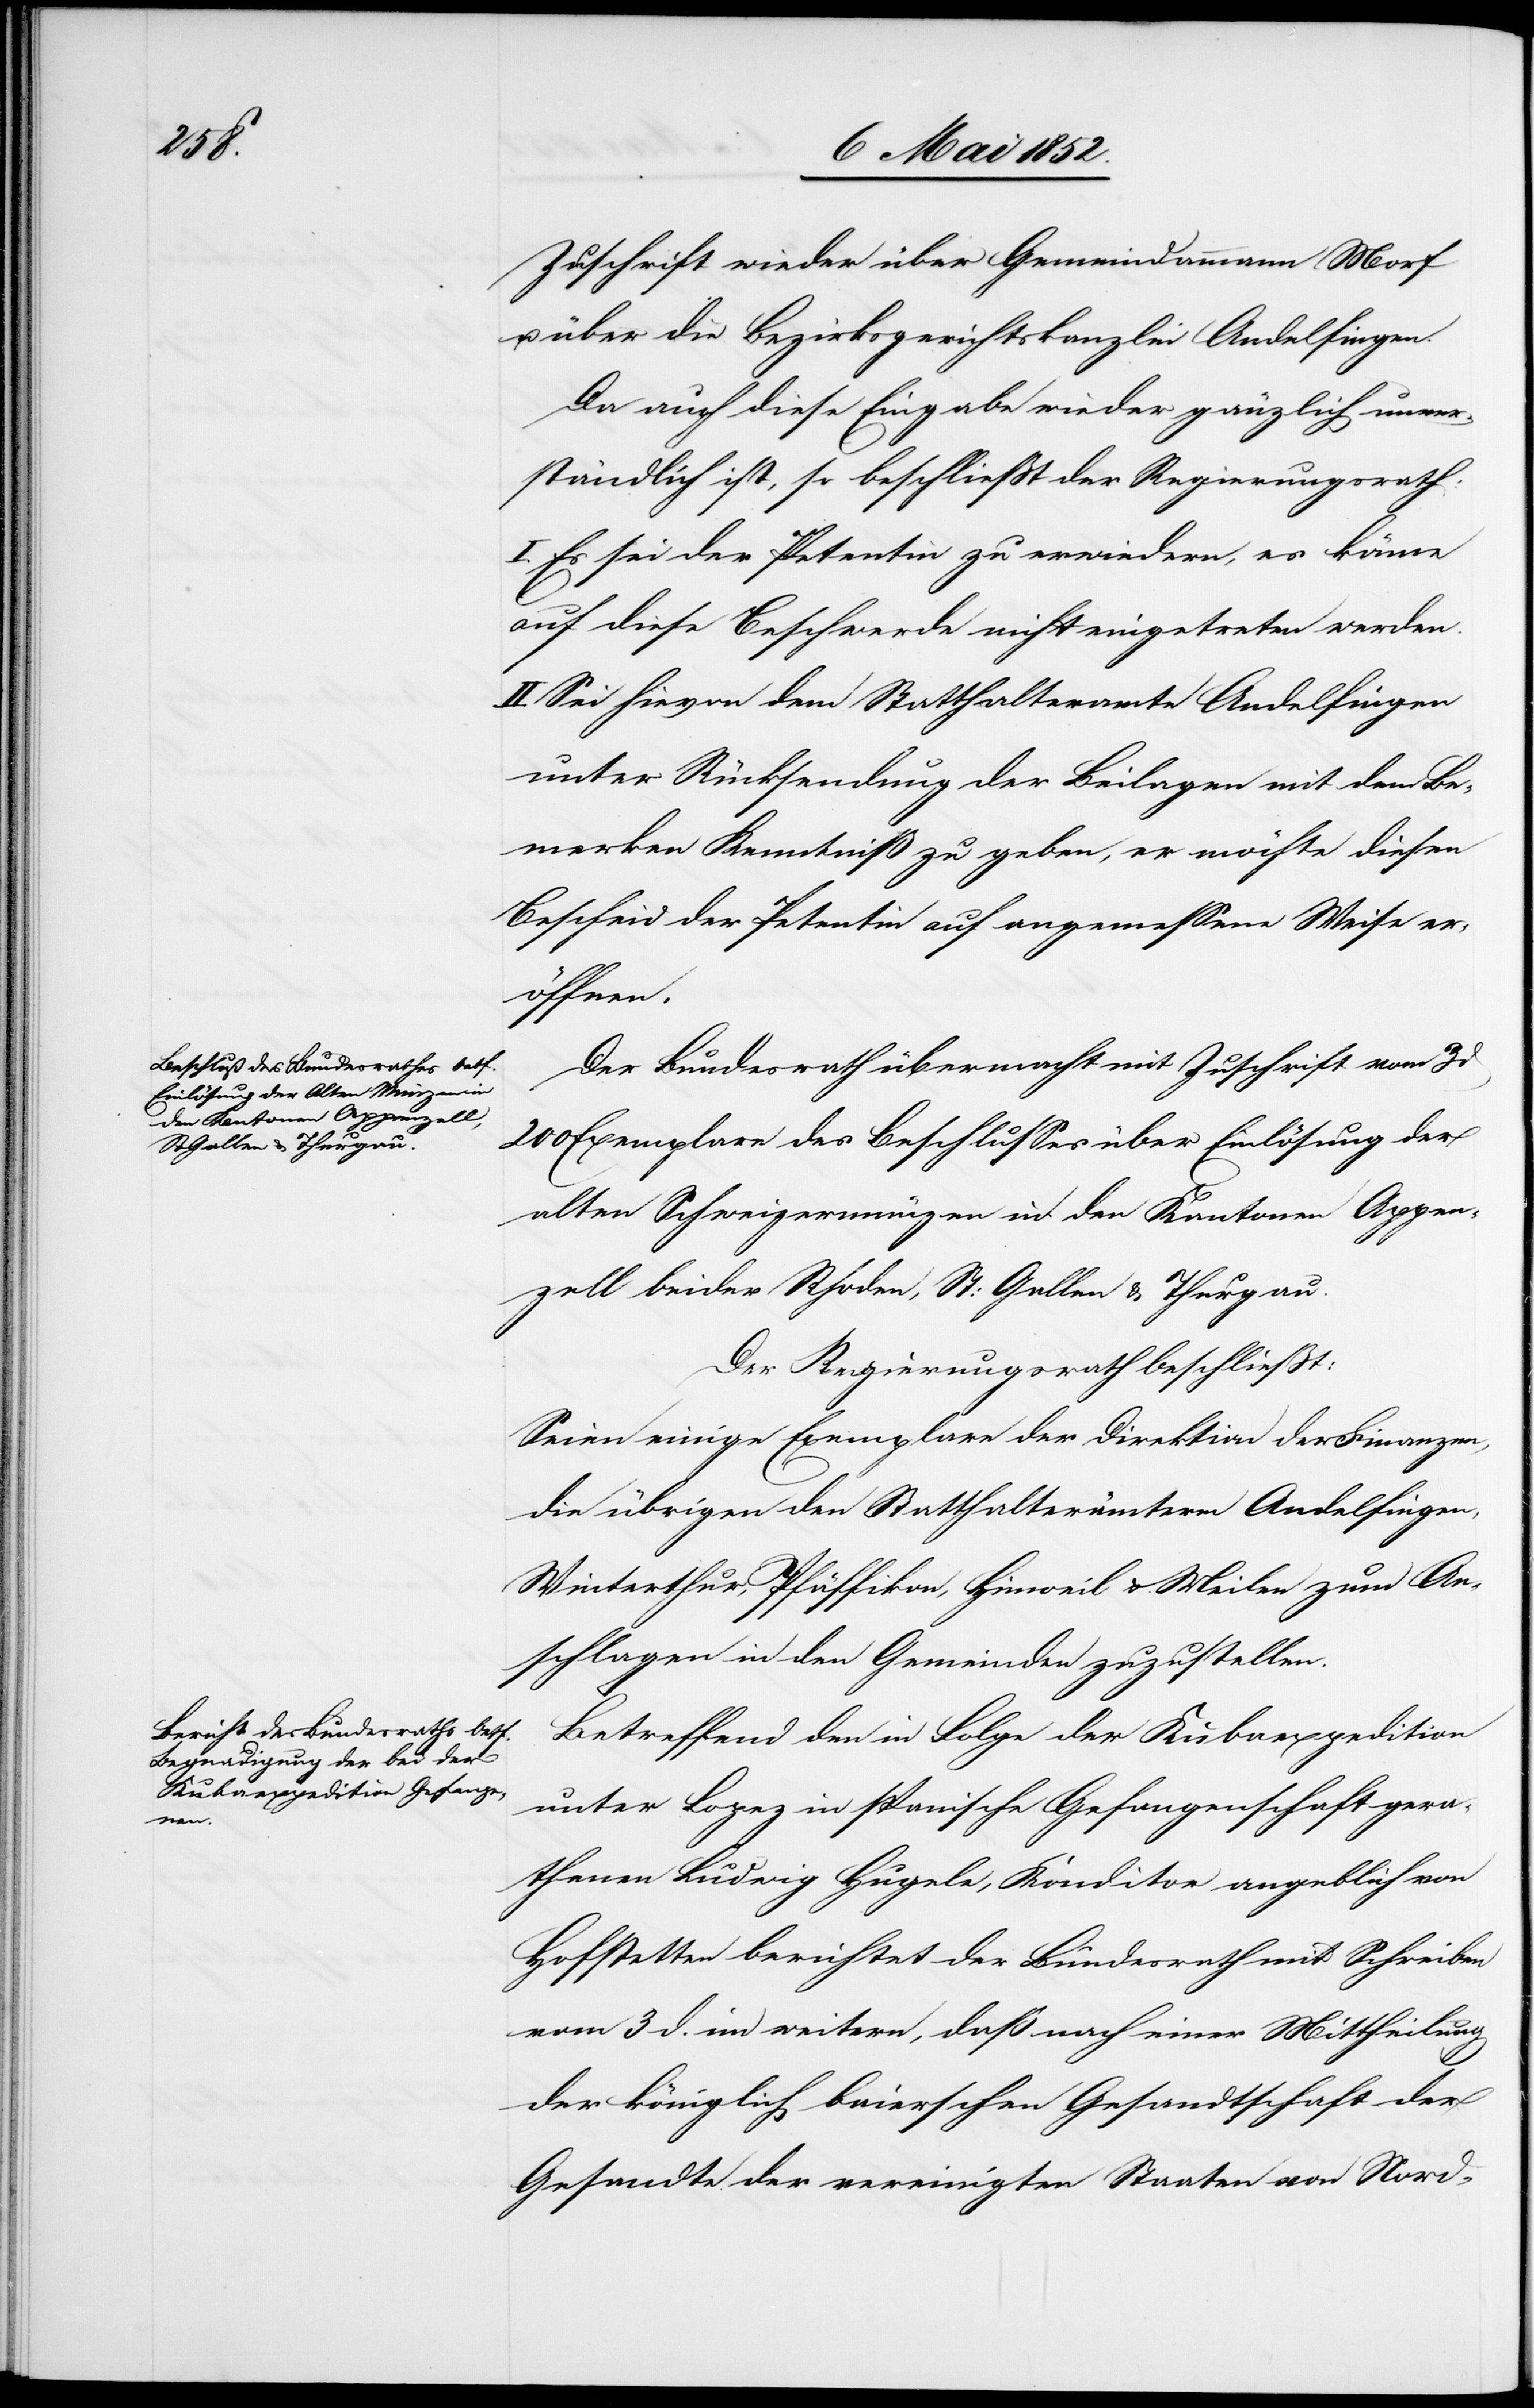
Zuschrift wieder über Gemeindammann Morf
über die Bezirksgerichtskanzlei Andelfingen.
Da auch diese Eingabe wieder gänzlich unver¬
ständlich ist, so beschliesst der Regierungsrath:
I. Es sei der Petentin zu erwiedern, es könne
auf diese Beschwerde nicht eingetreten werden.
II. Sei hievon dem Statthalteramte Andelfingen
unter Rücksendung der Beilagen mit dem Be¬
merken Kenntniß zu geben, er möchte diesen
Bescheid der Petentin auf angemessene Weise er¬
öffnen.
Der Bundesrath übermacht mit Zuschrift vom 3
200 Exemplare des Beschlusses über Einlösung der
alten Schweizermünzen in den Kantonen Appen¬
zell beider Rhoden, St: Gallen & Thurgau.
Der Regierungsrath beschliesst:
Seien einige Exemplare der Direktion der Finanzen,
die übrigen den Statthalterämterm [sic!] Andelfingen,
Winterthur, Pfäffikon, Hinweil & Meilen zum An¬
schlagen in den Gemeinden zuzustellen.
Betreffend den in Folge der Kubaexpedition
unter Lopez in spanische Gefangenschaft gera¬
thenen Ludwig Hugele, Konditor angeblich von
Hofstetten berichtet der Bundesrath mit Schreiben
vom 3 d. im weitern, daß nach einer Mittheilung
der königlich baierschen Gesandtschaft der
Gesandte der vereinigten Staaten von Nord-